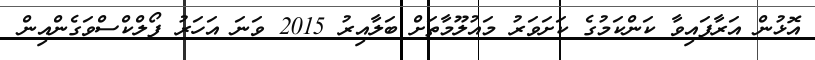
އޮޅުން އަރާފައިވާ ކަންކަމުގެ ކަށަވަރު މައުލޫމާތަށް ބަލާއިރު 2015 ވަނަ އަހަރު ފޯލްކްސްވަގެންއިން